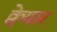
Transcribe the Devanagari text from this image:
क्वेयार